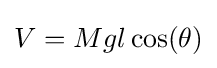
V=Mgl\cos(\theta )